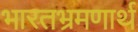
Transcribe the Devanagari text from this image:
भारतभ्रमणार्थ